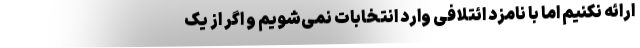
ارائه نکنیم اما با نامزد ائتلافی وارد انتخابات نمی‌شویم و اگر از یک